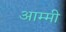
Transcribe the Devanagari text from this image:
आम्मी